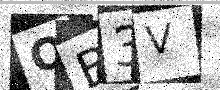
Text: QB3V